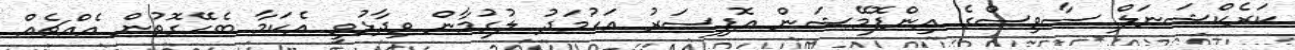
ކަރެކްޝަނަލް ސާވިސްގެ އިންފޮމޭޝަން އޮފިސަރު އަހުމަދު ލުގުމާން ވިދާޅުވީ އެކަމާ ބެހޭގޮތުން އެއްޗެއް